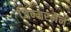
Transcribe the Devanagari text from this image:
ज़िम्मरमैन